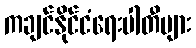
ကချင်နိုင်ငံရေးပါတီများ